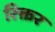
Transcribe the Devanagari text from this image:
रिक्तर